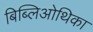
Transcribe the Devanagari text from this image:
बिब्लिओथिका